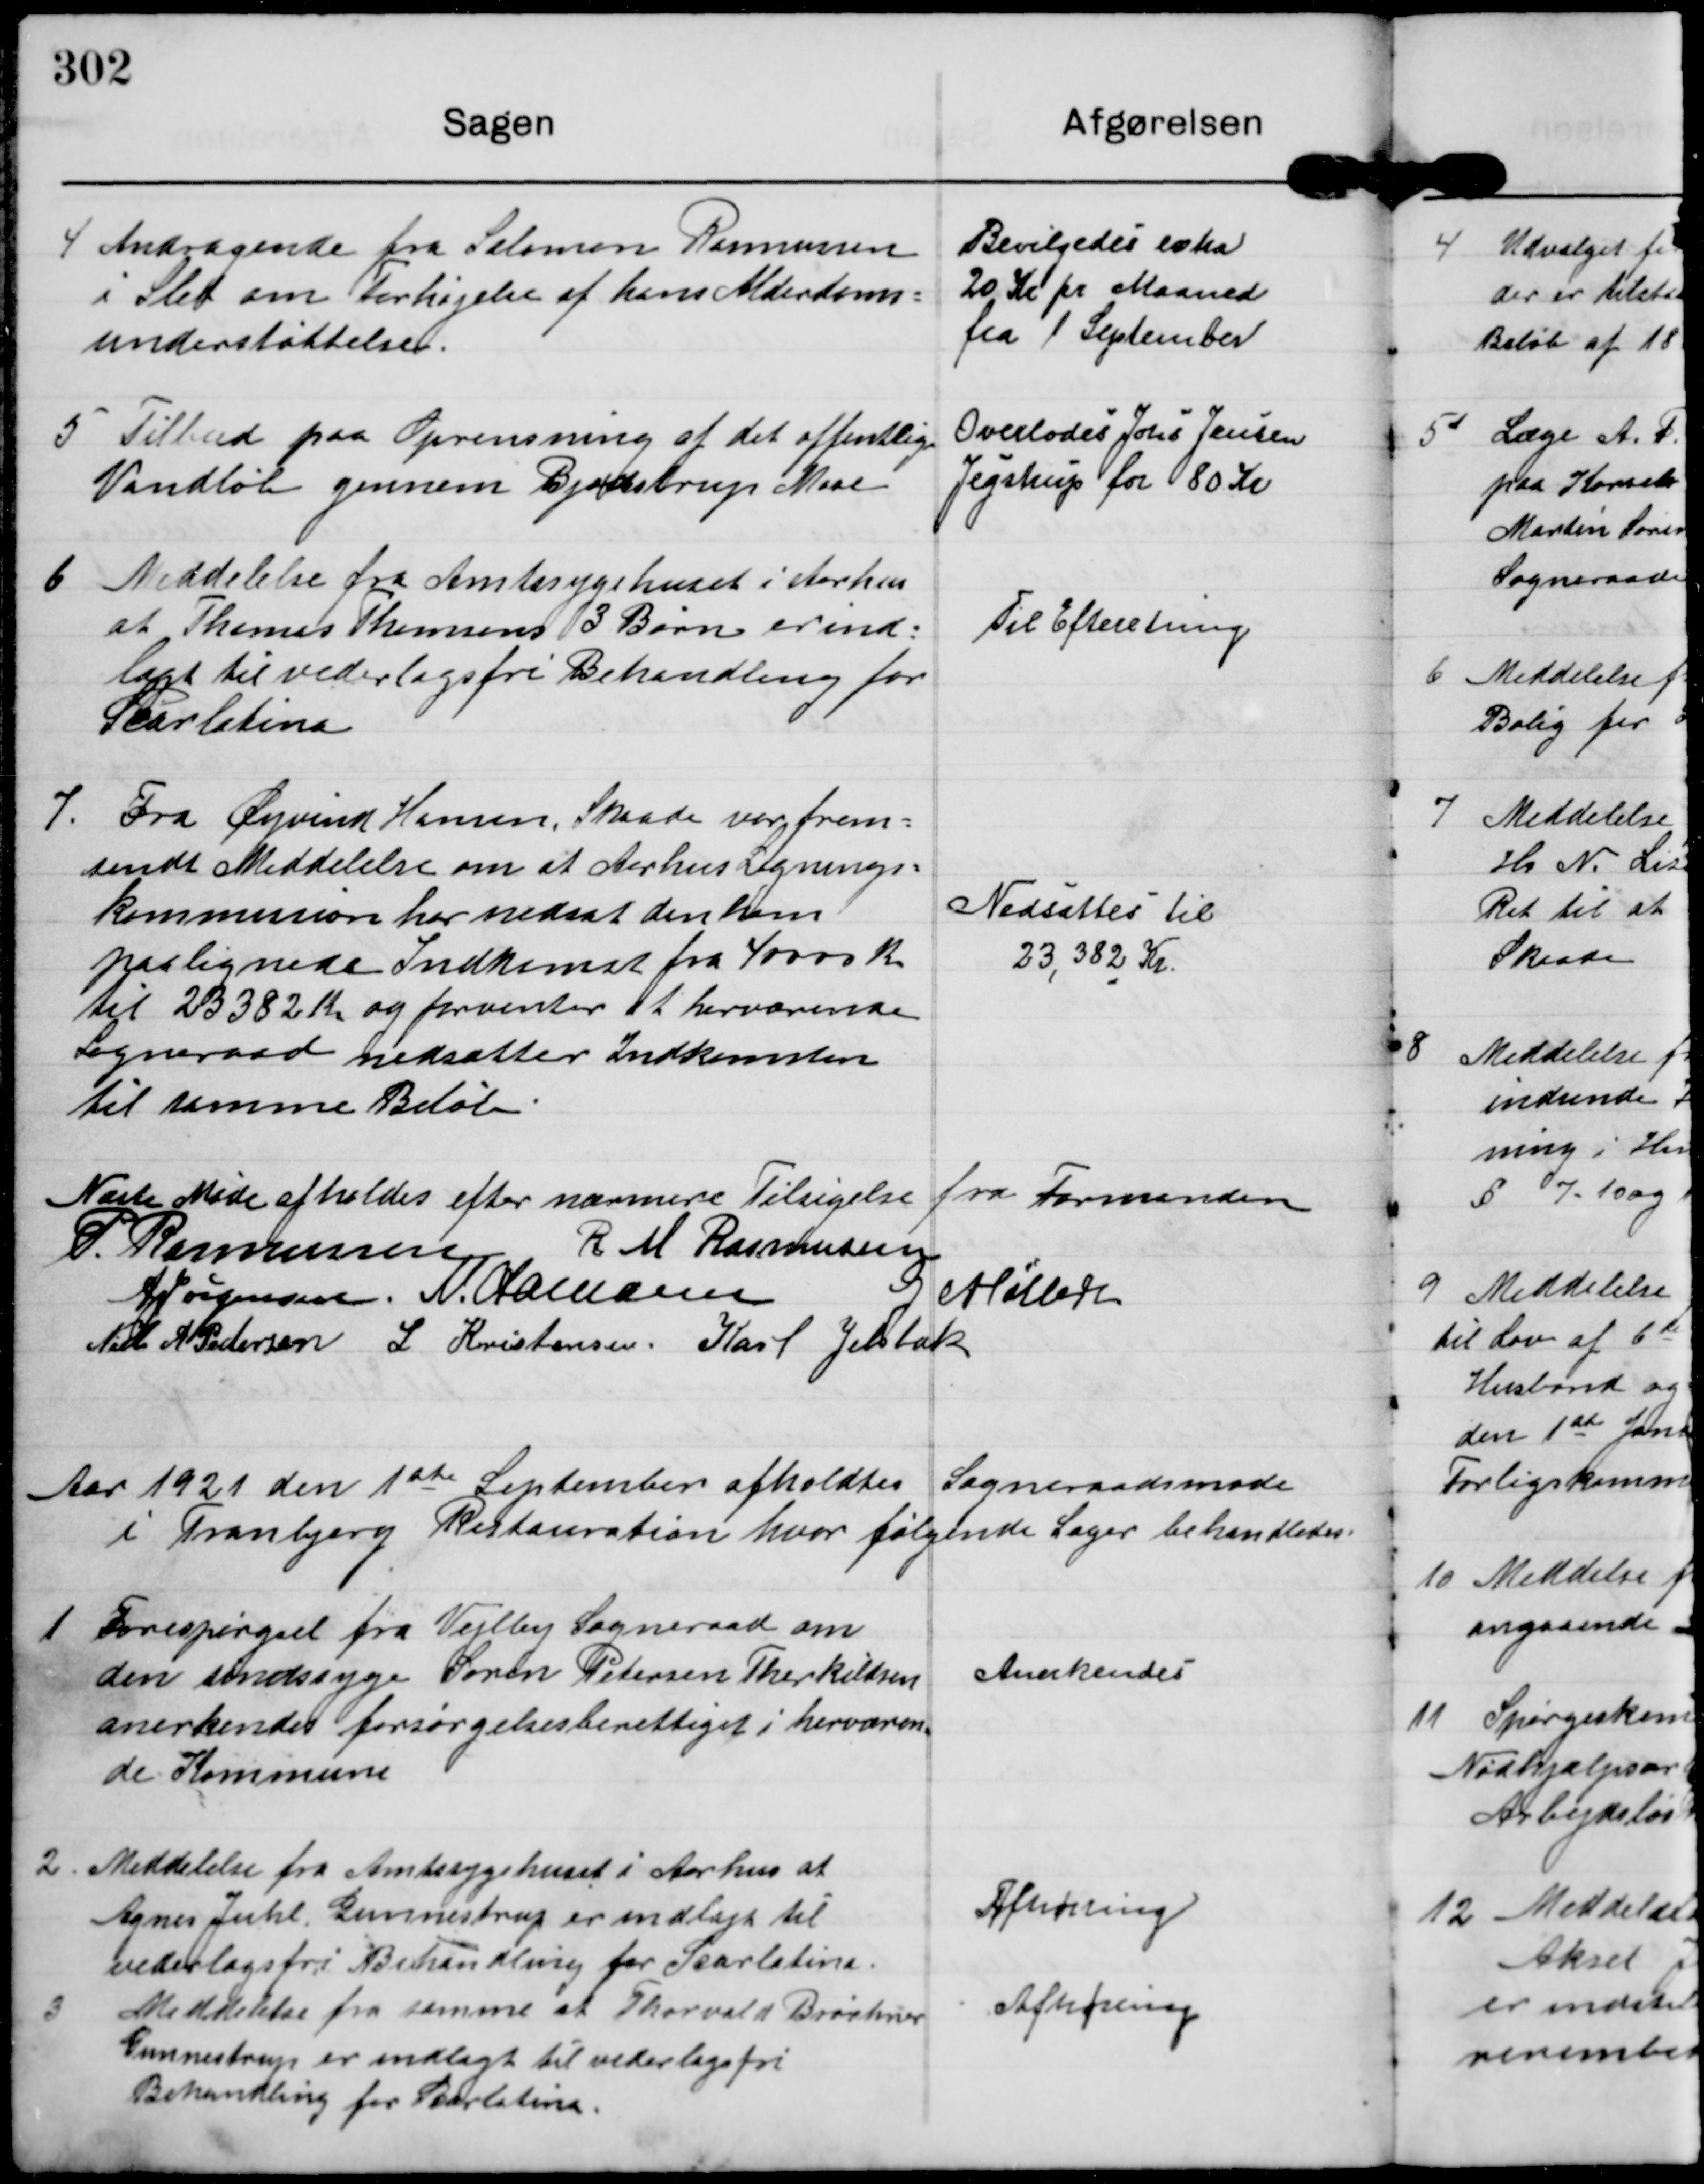
Transskription:
4

Andragende fra Salomon Rasmussen
i Slet om Forhøjelse af hans Alderdoms-
understøttelse.

Bevilgedes extra
20 Kr pr Maaned
fra 1 september

5

Tilbud paa Oprensning af det offentlige
Vandløb gennem Bjødstrup Mose.

Overlodes Johs Jensen
Jegstrup for 80 Kr.

6

Meddelelse fra Amtssygehuset i Aarhus
at Thomas Thomsens 3 Børn er ind-
lagt til vederlagsfri Behandling for
Scarlatina

Til Efteretning.

7

Fra Øjvind Hansen, Skaade var frem-
sendt Meddelelse om at Aarhus Lignings-
Kommision har nedsat den ham
paalignede Indkomst fra 40000 Kr
til 23382 Kr og forventer at herværende
Sogneraad nedsætter Indkomsten
til samme Beløb.

Nedsattes til
23,332 Kr.

Næste Møde afholdes efter nærmere Tilsigelse fra Formanden

P. Rasmussen R M Rasmussen
A Jørgensen N. Hamann G Møller
Niels A Pedersen L Kristensen Karl Jelsbak

Aar 1921 den 1st September afholdtes Sogneraadsmøde
i Tranbjerg Restauration hvor følgende Sager behandledes.

1

Forespørgsel fra Vejlby Sogneraad om
den sindssyge Søren Petersen Therkildsen
anerkendes forsørgelsesberettiget i herværen-
de Kommune

Anerkendes.

2

Meddelelse fra Amtssygehuset i Aarhus at
Agnes Juhl Gunnestrup er indlagt til
vederlagsfri Behandling for Scarlatine.

Afhørring

3

Meddelelse fra samme at Thorvald Brøchner
Gunnestrup er indlagt til vederlagfri
Behandling for Scarlatine.

Afhøring